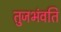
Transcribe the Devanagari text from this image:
तुजभंवति